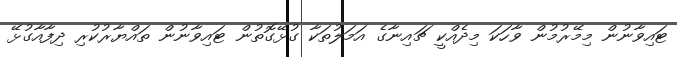
ޓައިވާނުން މިމޭރުމުން ވާހަކަ މިދެއްކީ ޗައިނާގެ އަމަލުތަކާ ގުޅޭގޮތުން ޓައިވާނުން ތައްޔާރުކުރި ދިފާއާގުޅޭ